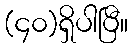
(၄၀)ရှိပါပြီ။